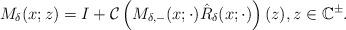
LaTeX: \begin{align*}M_\delta(x ;z)=I+\mathcal{C}\left(M_{\delta,-} (x ; \cdot) \hat{R}_\delta(x;\cdot)\right)(z), z \in\mathbb{C}^{\pm}.\end{align*}